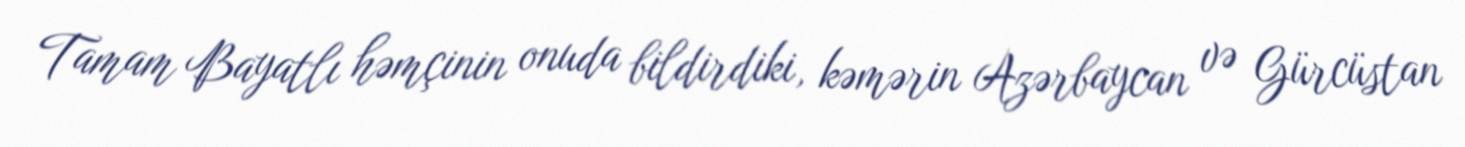
Tamam Bayatlı həmçinin onuda bildirdiki, kəmərin Azərbaycan və Gürcüstan